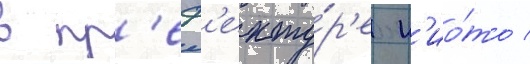
в пр'еф'екту́р'е к'ио́то /